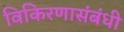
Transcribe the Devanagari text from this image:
विकिरणासंबंधी